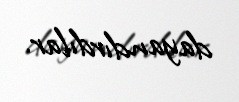
dayandırdılar.